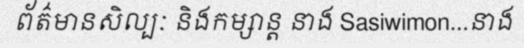
ព័ត៌មានសិល្បៈ និងកម្សាន្ត នាង Sasiwimon...នាង